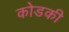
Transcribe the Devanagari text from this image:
कोडकी